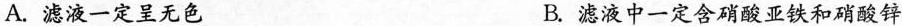
A.滤液一定呈无色 B.滤液中一定含硝酸亚铁和硝酸锌